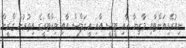
ނިއުރޭޑިއަންޓާއި މާޒިޔާ އާއި ޓީސީ އާއި އީގަލްސް އާއި ވިކްޓްރީގެ އިތުރުން ގްރީން